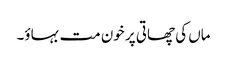
ماں کی چھاتی پر خون مت بہاؤ۔